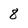
Character: 8